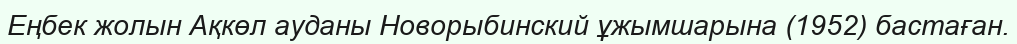
Еңбек жолын Ақкөл ауданы Новорыбинский ұжымшарына (1952) бастаған.